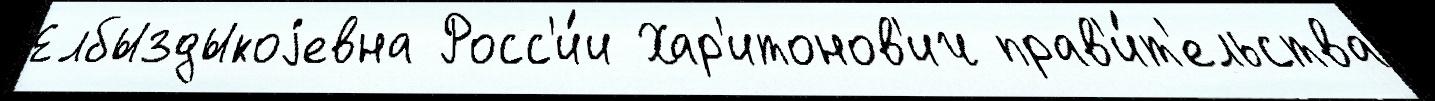
Елбыздыкоjевна Росс'и́и Хар'итонов'ич прав'и́т'ельства